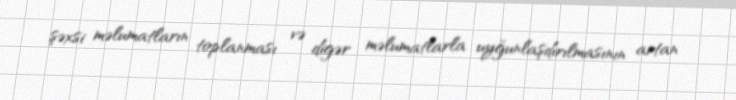
şəxsi məlumatların toplanması və digər məlumatlarla uyğunlaşdırılmasının artan